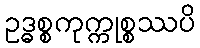
ဥဒ္ဓစ္စကုက္ကုစ္စဿပိ